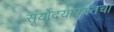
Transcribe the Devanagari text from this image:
सूर्योदयापर्यंतचा